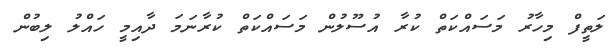
ލަތީފް މިހާރު މަސައްކަތް ކުރާ އުސޫލުން މަސައްކަތް ކުރާނަމަ ދާއިމީ ހައްލު ލިބުން